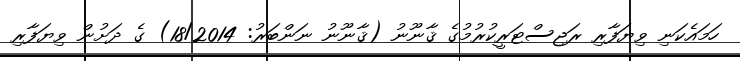
ހަމައެކަނި ވިޔަފާރި ރަޖިސްޓަރީކުރުމުގެ ޤާނޫނު (ޤާނޫނު ނަންބަރު: 18/2014) ގެ ދަށުން ވިޔަފާރި